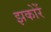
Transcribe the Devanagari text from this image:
झकोरें